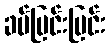
ခပ်ပြင်းပြင်း